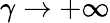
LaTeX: \gamma\rightarrow+\infty